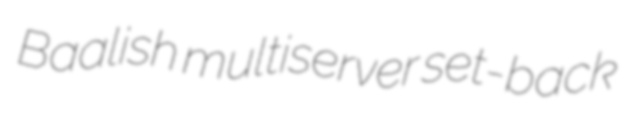
Baalish multiserver set-back